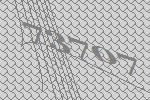
73707